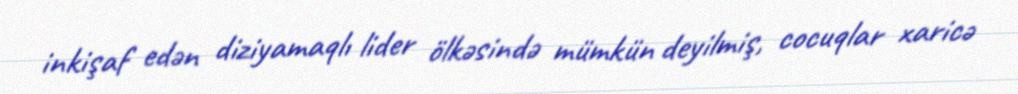
inkişaf edən diziyamaqlı lider ölkəsində mümkün deyilmiş, cocuqlar xaricə